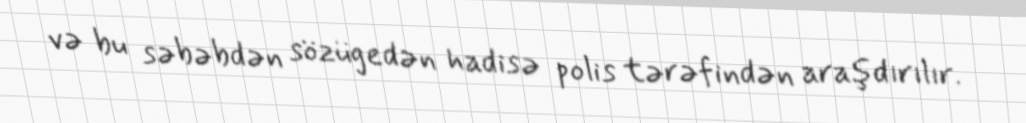
və bu səbəbdən sözügedən hadisə polis tərəfindən araşdırılır.